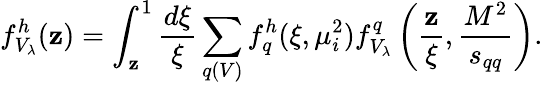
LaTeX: f_{V_{\lambda}}^{h}(\mathbf{z})=\int_{\mathbf{z}}^{1}\frac{{d\xi}}{{\xi}}\sum_{q(V)}f_{q}^{h}(\xi,\mu_{i}^{2})f_{V_{\lambda}}^{q}\left(\frac{{\mathbf{z}}}{{\xi}},\frac{{M^{2}}}{{s_{qq}}}\right).